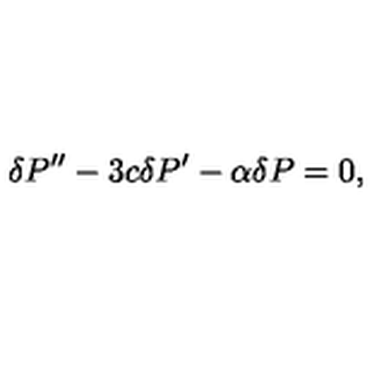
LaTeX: \delta P ^ { \prime \prime } - 3 c \delta P ^ { \prime } - \alpha \delta P = 0 ,